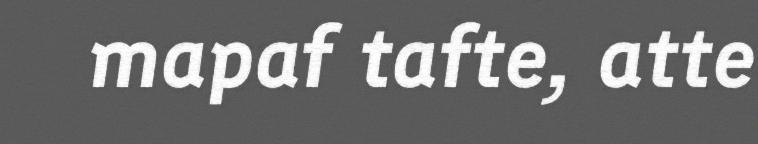
mapaf tafte, atte